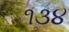
૧૩૪